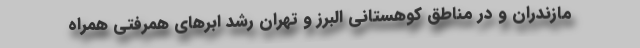
مازندران و در مناطق کوهستانی البرز و تهران رشد ابرهای همرفتی همراه